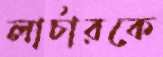
লার্চারকে